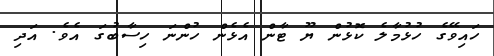
ހައިވޭގެ ހުޅުމާލެ ކޮޅުން ޔޫ ޓާން އެޅެން ހުންނަ ހިސާބުގަ އެވެ. އަދި